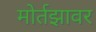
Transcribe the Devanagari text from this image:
मोर्तझावर